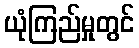
ယုံကြည်မှုတွင်